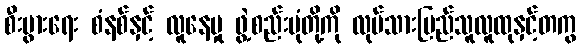
စီးပွားရေး စံနစ်နှင့် လူနေမှု ဖွဲ့စည်းပုံတို့ကို လုပ်သားပြည်သူလူထုနှင့်တကွ